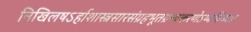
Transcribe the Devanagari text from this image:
निखिलषऽर्हाशास्त्रसारसंग्रहभूतग्रन्थकरणेऽप्यधिकारः